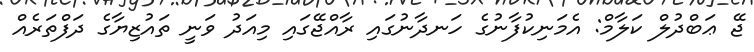
ޖޭ ޢަބްދުލް ކަލާމް: އެމަނިކުފާނުގެ ހަނދާނުގައި ރާއްޖޭގައި މިއަދު ވަނީ ތައުޒިޔާގެ ދަފްތަރެއް